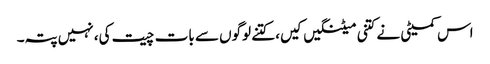
اس کمیٹی نے کتنی میٹنگیں کیں، کتنے لوگوں سے بات چیت کی، نہیں پتہ۔